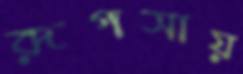
রূপসায়